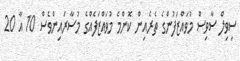
ސިވިލް ސާވިސް މުވައްޒަފުންގެ ތެރެއިން ކޮންމެ މުވައްޒަފެއްގެ މުސާރައިންވެސް 10 އާ 20